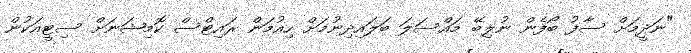
"ނަދީމަށް ސާފު ބޯފެން ނުލިބޭ މައްސަލަ ބަލައިދިނުމަށް ހިއުމަން ރައިޓްސް ކޮމިޝަނަށް ސިޓީއަކުން